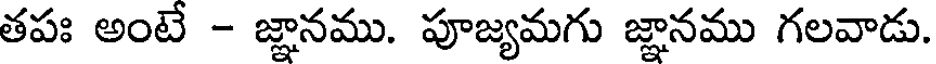
తపః అంటే - జ్ఞానము. పూజ్యమగు జ్ఞానము గలవాడు.